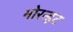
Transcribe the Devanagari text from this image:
मोरन्हट